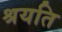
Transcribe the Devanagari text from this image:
श्रयति